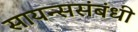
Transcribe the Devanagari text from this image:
सायन्ससंबंधी